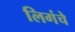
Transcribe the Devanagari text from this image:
लिगंचे